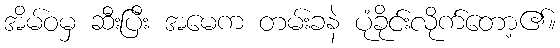
အိမ်ဝမှ ဆီးပြီး အမေက တမ်းခနဲ ပုံခိုင်းလိုက်တော့၏။